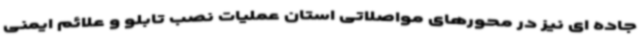
جاده ای نیز در محورهای مواصلاتی استان عملیات نصب تابلو و علائم ایمنی